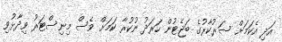
އަދި އެކަމަށް ސަރުކާރުގެ ބަޖެޓުން ހަރަދު ނުކުރާ ކަމަށް ވެސް މިނިސްޓަރު ވިދާޅުވި